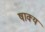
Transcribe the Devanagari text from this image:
षाक्य